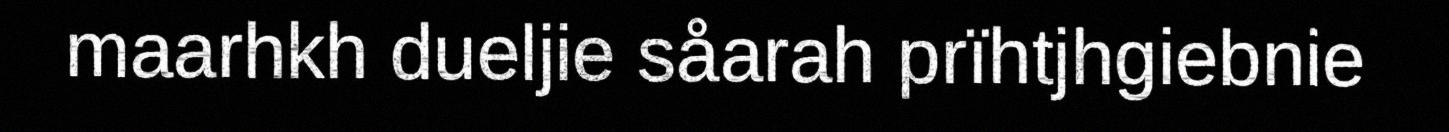
maarhkh dueljie såarah prïhtjhgiebnie